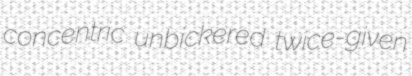
concentric unbickered twice-given